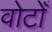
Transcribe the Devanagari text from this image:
वोटोँ